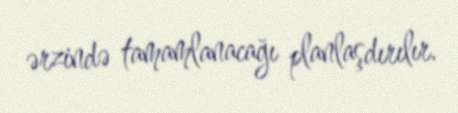
ərzində tamamlanacağı planlaşdırılır.